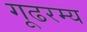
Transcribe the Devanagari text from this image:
गूढरम्य